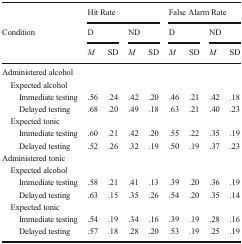
<table><thead><tr><td></td><td colspan="4"><b>Hit Rate</b></td><td colspan="4"><b>False Alarm Rate</b></td></tr><tr><td rowspan="2"><b>Condition</b></td><td colspan="2"><b>D</b></td><td colspan="2"><b>ND</b></td><td colspan="2"><b>D</b></td><td colspan="2"><b>ND</b></td></tr><tr><td><b><i>M</i></b></td><td><b>SD</b></td><td><b><i>M</i></b></td><td><b>SD</b></td><td><b><i>M</i></b></td><td><b>SD</b></td><td><b><i>M</i></b></td><td><b>SD</b></td></tr></thead><tbody><tr><td colspan="9">Administered alcohol</td></tr><tr><td colspan="9"> Expected alcohol</td></tr><tr><td>Immediate testing</td><td>.56</td><td>.24</td><td>.42</td><td>.20</td><td>.46</td><td>.21</td><td>.42</td><td>.18</td></tr><tr><td>Delayed testing</td><td>.68</td><td>.20</td><td>.49</td><td>.18</td><td>.63</td><td>.21</td><td>.40</td><td>.23</td></tr><tr><td colspan="9"> Expected tonic</td></tr><tr><td>Immediate testing</td><td>.60</td><td>.21</td><td>.42</td><td>.20</td><td>.55</td><td>.22</td><td>.35</td><td>.19</td></tr><tr><td>Delayed testing</td><td>.52</td><td>.26</td><td>.32</td><td>.19</td><td>.50</td><td>.19</td><td>.37</td><td>.23</td></tr><tr><td colspan="9">Administered tonic</td></tr><tr><td> Expected alcohol</td><td></td><td></td><td></td><td></td><td></td><td></td><td></td><td></td></tr><tr><td>Immediate testing</td><td>.58</td><td>.21</td><td>.41</td><td>.13</td><td>.39</td><td>.20</td><td>.36</td><td>.19</td></tr><tr><td>Delayed testing</td><td>.63</td><td>.15</td><td>.35</td><td>.26</td><td>.54</td><td>.20</td><td>.35</td><td>.14</td></tr><tr><td colspan="9"> Expected tonic</td></tr><tr><td>Immediate testing</td><td>.54</td><td>.19</td><td>.34</td><td>.16</td><td>.39</td><td>.19</td><td>.28</td><td>.16</td></tr><tr><td>Delayed testing</td><td>.57</td><td>.18</td><td>.28</td><td>.20</td><td>.53</td><td>.19</td><td>.25</td><td>.19</td></tr></tbody></table>